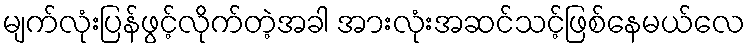
မျက်လုံးပြန်ဖွင့်လိုက်တဲ့အခါ အားလုံးအဆင်သင့်ဖြစ်နေမယ်လေ